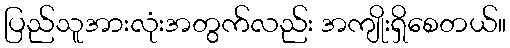
ပြည်သူအားလုံးအတွက်လည်း အကျိုးရှိစေတယ်။